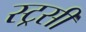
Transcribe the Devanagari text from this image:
स्ट्रसी